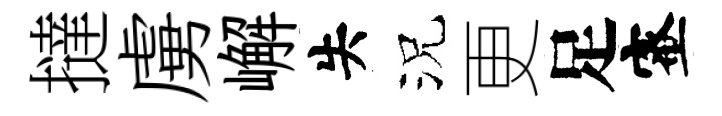
撻虜嶰失況更足蜜